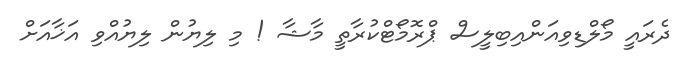
ދެރައީ މޯލްޑިވިއަންއިބިލީސް ޕްރޮމޯޓްކުރާތީ މާޝާ ! މި ލިޔުން ލިޔުއްވި އަޚާއަށް